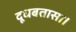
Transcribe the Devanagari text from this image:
दूधबतासा।